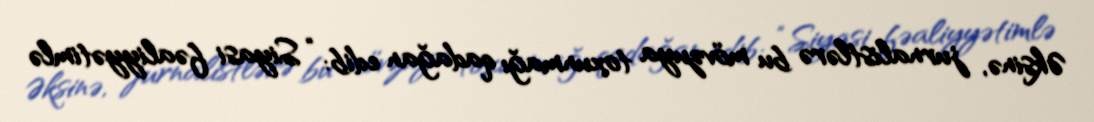
Əksinə, jurnalistlərə bu mövzuya toxunmağı qadağan edib: “Siyasi fəaliyyətimlə